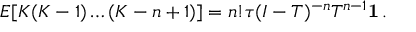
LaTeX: E [ K ( K - 1 ) \dots ( K - n + 1 ) ] = n ! { \boldsymbol { \tau } } ( I - { T } ) ^ { - n } { T } ^ { n - 1 } \mathbf { 1 } \, .